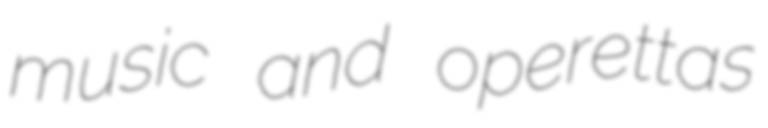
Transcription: music and operettas